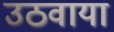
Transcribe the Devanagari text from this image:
उठवाया